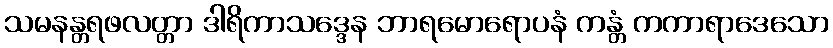
သမနန္တရဖလတ္တာ ဒါရိကာသဒ္ဒေန ဘာရမောရောပနံ ကန္တံ ကကာရာဒေသော